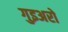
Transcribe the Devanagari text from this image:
गुइअरो